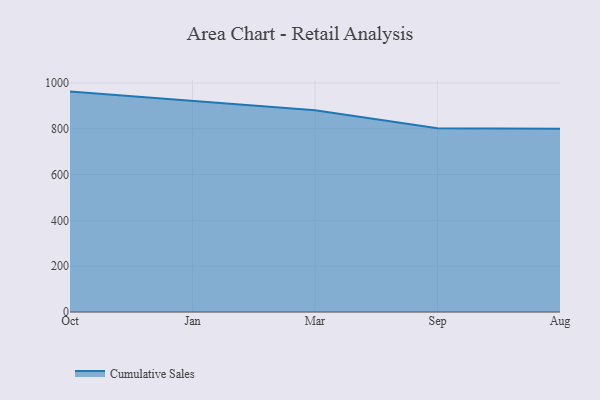
{"axis": {"x": "Month", "y": "Inventory Turnover"}, "legend": ["Cumulative Sales"], "data": [{"x": "Oct", "y": 962.4, "type": "Cumulative Sales"}, {"x": "Jan", "y": 922.8, "type": "Cumulative Sales"}, {"x": "Mar", "y": 881.4, "type": "Cumulative Sales"}, {"x": "Sep", "y": 801.9, "type": "Cumulative Sales"}, {"x": "Aug", "y": 800, "type": "Cumulative Sales"}]}